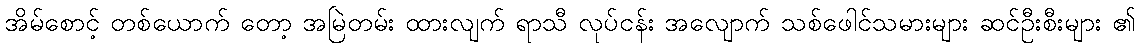
အိမ်စောင့် တစ်ယောက် တော့ အမြဲတမ်း ထားလျက် ရာသီ လုပ်ငန်း အလျောက် သစ်ဖေါင်သမားများ ဆင်ဦးစီးများ ၏